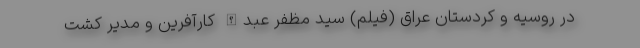
در روسیه و کردستان عراق (فیلم) سید مظفر عبدالله کارآفرین و مدیر کشت